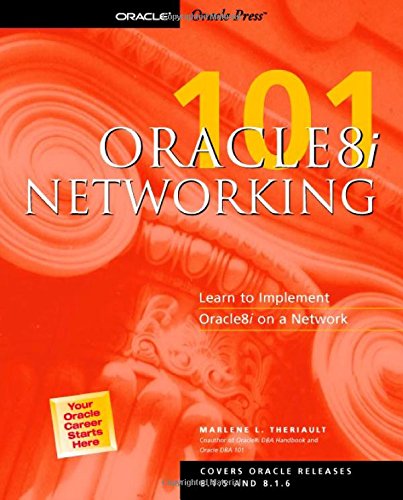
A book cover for Oracle8i Networking 101; Computers & Technology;